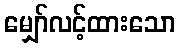
မျှော်လင့်ထားသော